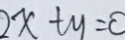
2 x + y = 0